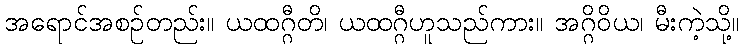
အရောင်အစဉ်တည်း။ ယထဂ္ဂီတိ၊ ယထဂ္ဂီဟူသည်ကား။ အဂ္ဂိဝိယ၊ မီးကဲ့သို့။